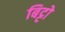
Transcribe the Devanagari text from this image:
बिट्टो